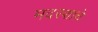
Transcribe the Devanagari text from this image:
मदरशाचे